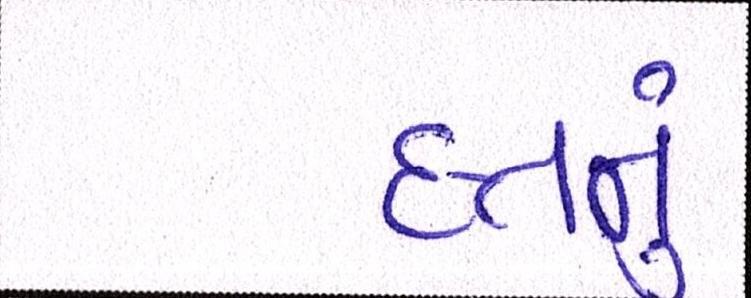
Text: દત્તનું